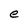
Character: e